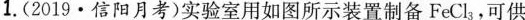
1.(2019 · 信阳月考)实验室用如图所示装置制备FeCl_{3}，可供